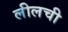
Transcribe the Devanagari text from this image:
लीलची